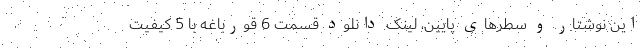
این نوشتار و سطرهای پایین، لینک دانلود قسمت 6 قورباغه با 5 کیفیت